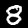
Digit: 8